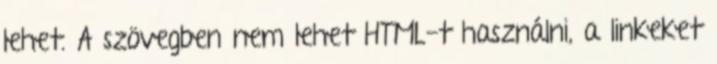
lehet. A szövegben nem lehet HTML-t használni, a linkeket